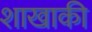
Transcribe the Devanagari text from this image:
शाखाकी